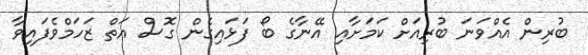
ބުރިން އެއްވަނަ ބުރިއަށް ކަމަށާއި އޭނާގެ ބޯ ފަޅައިގެން ގޮސް އަތް ޒަހަމްވެފައިވާ